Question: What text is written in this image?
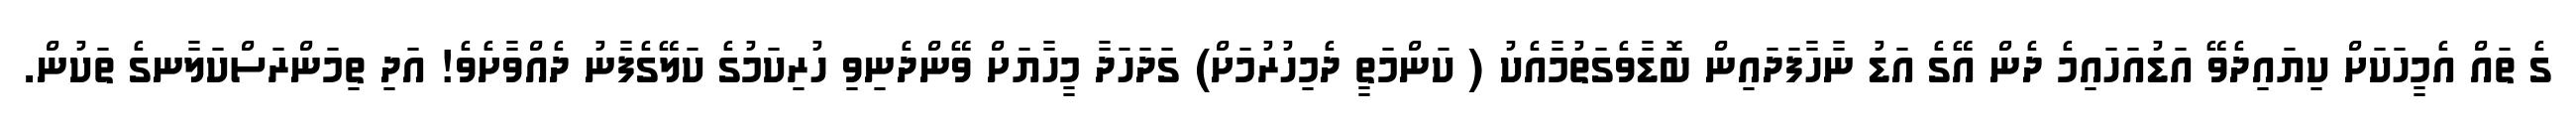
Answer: ގެ ތައް އެމީހަކަށް ކިޔައިދެވޭ އަޑުއަހައިމެ ދެން އޭގެ އަޑު ނާހާފަދައިން ބޮޑާވެގަތުމާއެކު ( ކަންމަތީ ދެމިހުރުމަށް) ގަދަހަދާ މީހާޔަށް ވޭންދެނިވި ހުރިކަމުގެ ކަލޭގެފާނު ދެއްވާށެވެ! އަދި ތިމަންރަސްކަލާނގެ ތަކުން.